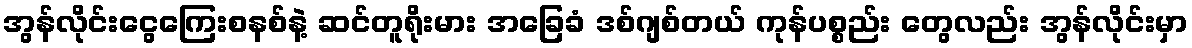
အွန်လိုင်းငွေကြေးစနစ်နဲ့ ဆင်တူရိုးမား အခြေခံ ဒစ်ဂျစ်တယ် ကုန်ပစ္စည်း တွေလည်း အွန်လိုင်းမှာ